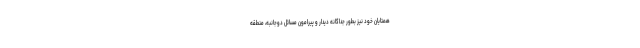
همتایان خود نیز بطور جداگانه دیدار و پیرامون مسائل دوجانبه، منطقه